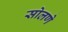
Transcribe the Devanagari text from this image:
सोलणे